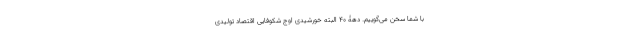
با شما سخن می‌گوییم. دهۀ 40 البته خورشیدی اوج شکوفایی اقتصاد تولیدی